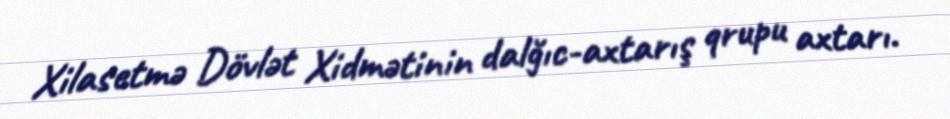
Xilasetmə Dövlət Xidmətinin dalğıc-axtarış qrupu axtarı.